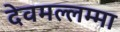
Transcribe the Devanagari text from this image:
देवमल्लम्मा